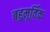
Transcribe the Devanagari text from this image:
बहुमूर्तिक